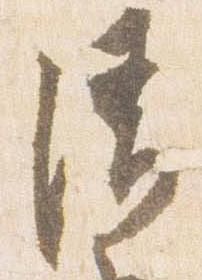
清